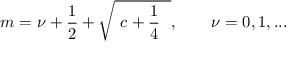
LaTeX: m = \nu + \frac { 1 } { 2 } + \sqrt { \ c + \frac { 1 } { 4 } \ \ } , \qquad \nu = 0 , 1 , . . .